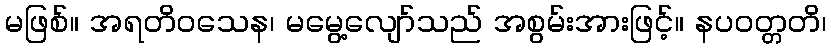
မဖြစ်။ အရတိဝသေန၊ မမွေ့လျော်သည် အစွမ်းအားဖြင့်။ နပဝတ္တတိ၊